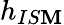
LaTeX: h_{IS\mathbf{M}}